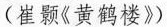
(崔颢《黄鹤楼》)